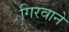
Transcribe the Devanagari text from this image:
गिरवाने